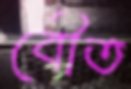
বৌত